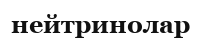
нейтринолар